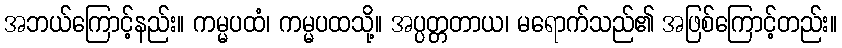
အဘယ်ကြောင့်နည်း။ ကမ္မပထံ၊ ကမ္မပထသို့။ အပ္ပတ္တတာယ၊ မရောက်သည်၏ အဖြစ်ကြောင့်တည်း။